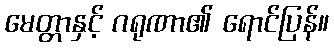
မေတ္တာနှင့် ဂရုဏာ၏ ရောင်ပြန်။